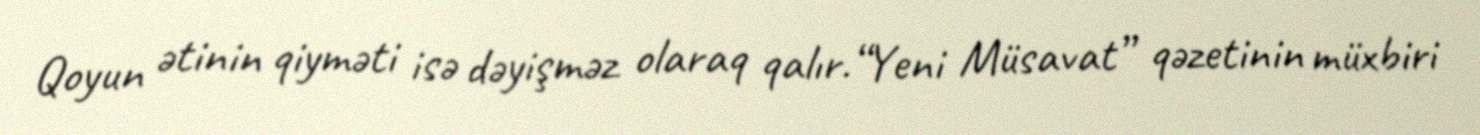
Qoyun ətinin qiyməti isə dəyişməz olaraq qalır.“Yeni Müsavat” qəzetinin müxbiri